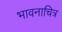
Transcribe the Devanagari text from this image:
भावनाचित्र